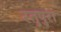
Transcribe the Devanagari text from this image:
रतुपुरा